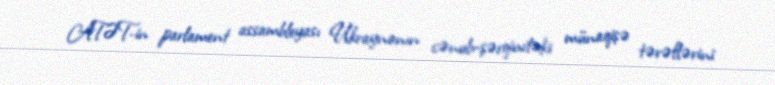
ATƏT-in parlament assambleyası Ukraynanın cənub-şərqindəki münaqişə tərəflərini